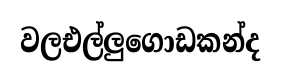
වලඑල්ලුගොඩකන්ද